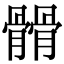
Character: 𩪆